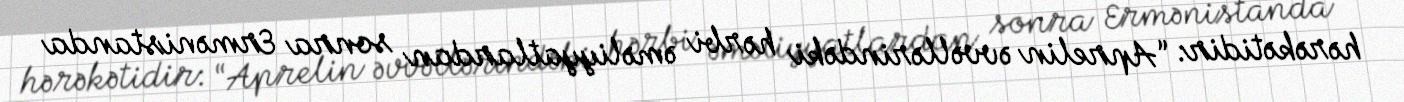
hərəkətidir: “Aprelin əvvəllərindəki hərbi əməliyyatlardan sonra Ermənistanda